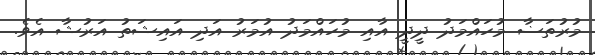
މުރުތަޟާ މުހައްމަދު ދީދީ އާއި މުހައްމަދު އުމަރު އަދި އައިޝަތު އަރުޝާ އެވެ.